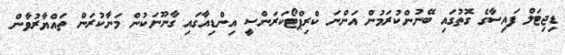
ޑިޖިޓަލް ފައިސާގެ ގޮތުގައި ބޭނުންކުރަމުން އަންނަ ކްރިޕްޓޯކަރަންސީ އިންޑިއާގައި ގާނޫނަކުން މަނާކުރަން ތައްޔާރުވާން